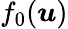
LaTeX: f_{0}(\boldsymbol{u})